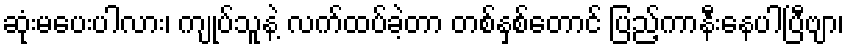
ဆုံးမပေးပါလား၊ ကျုပ်သူနဲ့ လက်ထပ်ခဲ့တာ တစ်နှစ်တောင် ပြည့်ကာနီးနေပါပြီဗျာ၊